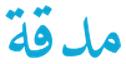
مدقة